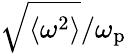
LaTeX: \sqrt{\langle\omega^{2}\rangle}/\omega_{\mathrm{p}}